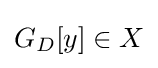
\textstyle G_{D}[y]\in X